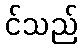
င်သည်